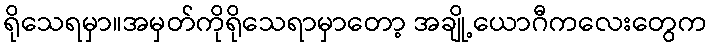
ရိုသေရမှာ။အမှတ်ကိုရိုသေရာမှာတော့ အချို့ယောဂီကလေးတွေက